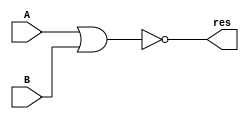
`timescale 1ns / 1ps
//////////////////////////////////////////////////////////////////////////////////
// Company: 
// Engineer: 
// 
// Design Name: 
// Module Name: nor32
// Project Name: 
// Target Devices: 
// Tool Versions: 
// Description: 
// 
// Dependencies: 
// 
// Revision:
// Revision 0.01 - File Created
// Additional Comments:
// 
//////////////////////////////////////////////////////////////////////////////////


module nor32(
input[31:0] A,
input[31:0] B,
output[31:0] res
    );
    assign res  = ~(A | B);
endmodule